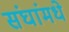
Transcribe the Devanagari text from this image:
संघांमधे